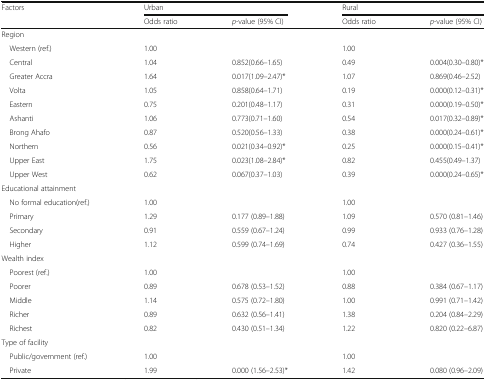
<table><thead><tr><td rowspan="2"><b>Factors</b></td><td colspan="2"><b>Urban</b></td><td colspan="2"><b>Rural</b></td></tr><tr><td><b>Odds ratio</b></td><td><b><i>p</i>-value (95% CI)</b></td><td><b>Odds ratio</b></td><td><b><i>p</i>-value (95% CI)</b></td></tr></thead><tbody><tr><td colspan="5">Region</td></tr><tr><td> Western (ref.)</td><td>1.00</td><td></td><td>1.00</td><td></td></tr><tr><td> Central</td><td>1.04</td><td>0.852(0.66–1.65)</td><td>0.49</td><td>0.004(0.30–0.80)*</td></tr><tr><td> Greater Accra</td><td>1.64</td><td>0.017(1.09–2.47)*</td><td>1.07</td><td>0.869(0.46–2.52)</td></tr><tr><td> Volta</td><td>1.05</td><td>0.858(0.64–1.71)</td><td>0.19</td><td>0.000(0.12–0.31)*</td></tr><tr><td> Eastern</td><td>0.75</td><td>0.201(0.48–1.17)</td><td>0.31</td><td>0.000(0.19–0.50)*</td></tr><tr><td> Ashanti</td><td>1.06</td><td>0.773(0.71–1.60)</td><td>0.54</td><td>0.017(0.32–0.89)*</td></tr><tr><td> Brong Ahafo</td><td>0.87</td><td>0.520(0.56–1.33)</td><td>0.38</td><td>0.000(0.24–0.61)*</td></tr><tr><td> Northern</td><td>0.56</td><td>0.021(0.34–0.92)*</td><td>0.25</td><td>0.000(0.15–0.41)*</td></tr><tr><td> Upper East</td><td>1.75</td><td>0.023(1.08–2.84)*</td><td>0.82</td><td>0.455(0.49–1.37)</td></tr><tr><td> Upper West</td><td>0.62</td><td>0.067(0.37–1.03)</td><td>0.39</td><td>0.000(0.24–0.65)*</td></tr><tr><td colspan="5">Educational attainment</td></tr><tr><td> No formal education(ref.)</td><td>1.00</td><td></td><td>1.00</td><td></td></tr><tr><td> Primary</td><td>1.29</td><td>0.177 (0.89–1.88)</td><td>1.09</td><td>0.570 (0.81–1.46)</td></tr><tr><td> Secondary</td><td>0.91</td><td>0.559 (0.67–1.24)</td><td>0.99</td><td>0.933 (0.76–1.28)</td></tr><tr><td> Higher</td><td>1.12</td><td>0.599 (0.74–1.69)</td><td>0.74</td><td>0.427 (0.36–1.55)</td></tr><tr><td colspan="5">Wealth index</td></tr><tr><td> Poorest (ref.)</td><td>1.00</td><td></td><td>1.00</td><td></td></tr><tr><td> Poorer</td><td>0.89</td><td>0.678 (0.53–1.52)</td><td>0.88</td><td>0.384 (0.67–1.17)</td></tr><tr><td> Middle</td><td>1.14</td><td>0.575 (0.72–1.80)</td><td>1.00</td><td>0.991 (0.71–1.42)</td></tr><tr><td> Richer</td><td>0.89</td><td>0.632 (0.56–1.41)</td><td>1.38</td><td>0.204 (0.84–2.29)</td></tr><tr><td> Richest</td><td>0.82</td><td>0.430 (0.51–1.34)</td><td>1.22</td><td>0.820 (0.22–6.87)</td></tr><tr><td colspan="5">Type of facility</td></tr><tr><td> Public/government (ref.)</td><td>1.00</td><td></td><td>1.00</td><td></td></tr><tr><td> Private</td><td>1.99</td><td>0.000 (1.56–2.53)*</td><td>1.42</td><td>0.080 (0.96–2.09)</td></tr></tbody></table>